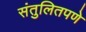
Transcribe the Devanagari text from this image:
संतुलितपणे